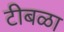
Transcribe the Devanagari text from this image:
टीबळा